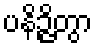
ပနိဉ္ဇိတွာ